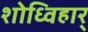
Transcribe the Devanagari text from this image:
शोध्विहार्